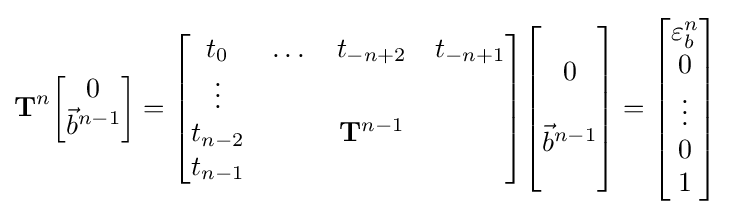
\mathbf {T} ^{n}{\begin{bmatrix}0\\{\vec {b}}^{n-1}\\\end{bmatrix}}={\begin{bmatrix}t_{0}&\dots &t_{-n+2}&t_{-n+1}\\\vdots &\ &\ &\ \\t_{n-2}&\ &\mathbf {T} ^{n-1}&\ \\t_{n-1}&\ &\ &\end{bmatrix}}{\begin{bmatrix}\ \\0\\\ \\{\vec {b}}^{n-1}\\\ \\\end{bmatrix}}={\begin{bmatrix}\varepsilon _{b}^{n}\\0\\\vdots \\0\\1\end{bmatrix}}